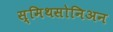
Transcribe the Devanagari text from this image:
स्मिथसोनिअन